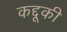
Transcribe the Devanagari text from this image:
कद्दूकी